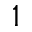
^ { 1 }